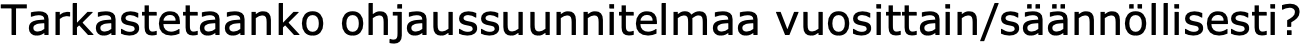
Tarkastetaanko ohjaussuunnitelmaa vuosittain/säännöllisesti?